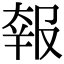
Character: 𡙈